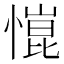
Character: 𢠎